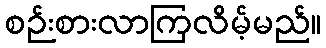
စဉ်းစားလာကြလိမ့်မည်။